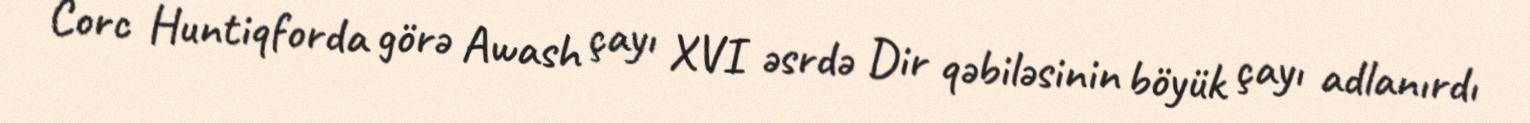
Corc Huntiqforda görə Awash çayı XVI əsrdə Dir qəbiləsinin böyük çayı adlanırdı